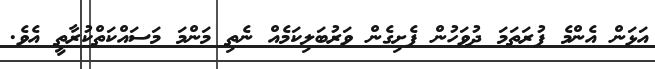
އަޅަން އެންމެ ފުރަތަމަ ދުވަހުން ފެށިގެން ވަރުބަލިކަމެއް ނެތި މަންމަ މަސައްކަތްކުރާތީ އެވެ.